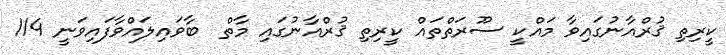
ކީރިތި ޤުރްއާނުގައިވާ މައްކީ ސޫރަތްތައް ކީރިތި ޤުރްއާނުގައި މާތް  ބާވައިލައްވާފައިވަނީ 114